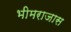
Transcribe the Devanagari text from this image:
भीमराजास